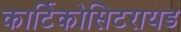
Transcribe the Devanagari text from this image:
कार्टिकोसिटरायड